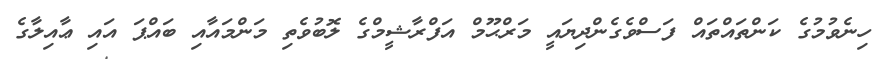
ހިނެވުމުގެ ކަންތައްތައް ފަސްވެގެންދިޔައީ މަރްޙޫމް އަފްރާޝީމްގެ ލޮބުވެތި މަންމައާއި ބައްޕަ އައި ޢާއިލާގެ